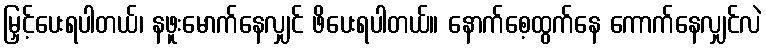
မြှင့်ပေးရပါတယ်၊ နဖူးမောက်နေလျှင် ဖိပေးရပါတယ်။ နောက်စေ့ထွက်နေ ကောက်နေလျှင်လဲ